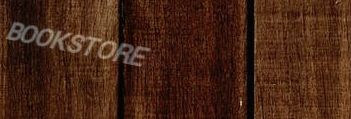
BOOKSTORE